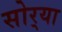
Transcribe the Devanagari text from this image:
सोर्‍या